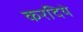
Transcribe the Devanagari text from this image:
करदिये